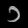
Digit: ၁